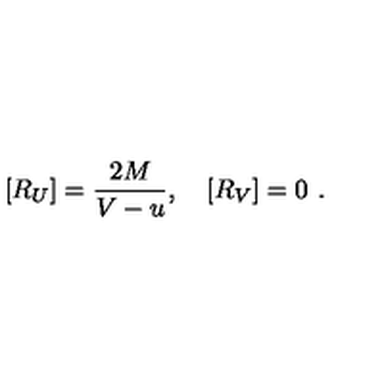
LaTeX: [ R _ { U } ] = \frac { 2 M } { V - u } , \quad [ R _ { V } ] = 0 \ .